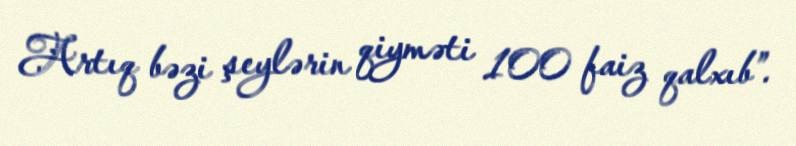
Artıq bəzi şeylərin qiyməti 100 faiz qalxıb”.